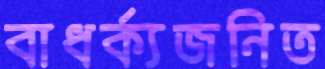
বাধর্ক্যজনিত